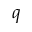
q